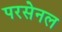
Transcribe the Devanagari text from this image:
परसेनल